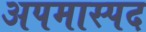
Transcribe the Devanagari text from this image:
अपमास्पद